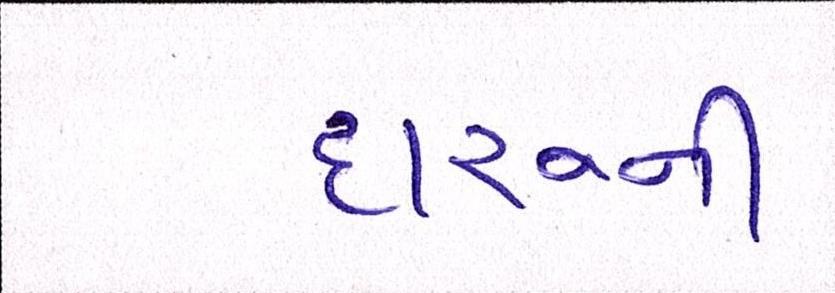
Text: દારૂની